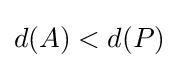
d(A)<d(P)